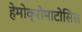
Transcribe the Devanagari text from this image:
हेमोक्रोमाटोसिस